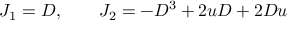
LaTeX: J _ { 1 } = D , \qquad J _ { 2 } = - D ^ { 3 } + 2 u D + 2 D u